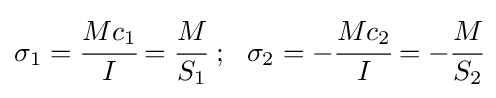
\sigma _{1}={\cfrac {Mc_{1}}{I}}={\cfrac {M}{S_{1}}}~;~~\sigma _{2}=-{\cfrac {Mc_{2}}{I}}=-{\cfrac {M}{S_{2}}}